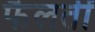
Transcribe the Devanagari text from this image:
फैलतीं